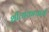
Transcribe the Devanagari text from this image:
शीलांकाचार्य